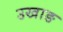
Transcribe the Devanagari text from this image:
उखाङ